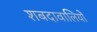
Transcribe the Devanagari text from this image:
शबदावालियों